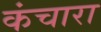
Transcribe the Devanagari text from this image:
कंचारा